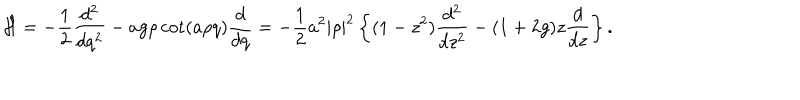
\hat { \cal H } = - { \frac { 1 } { 2 } } { \frac { d ^ { 2 } } { d q ^ { 2 } } } - a g \rho \cot ( a \rho q ) { \frac { d } { d q } } = - { \frac { 1 } { 2 } } a ^ { 2 } | \rho | ^ { 2 } \left\{ ( 1 - z ^ { 2 } ) { \frac { d ^ { 2 } } { d z ^ { 2 } } } - ( 1 + 2 g ) z { \frac { d } { d z } } \right\} .